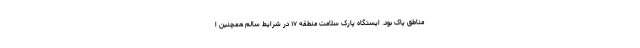
مناطق پاک بود. ایستگاه پارک سلامت منطقه ۱۷ در شرایط سالم همچنین ا